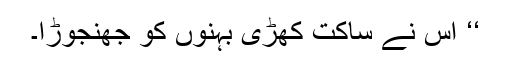
‘‘ اس نے ساکت کھڑی بہنوں کو جھنجوڑا۔